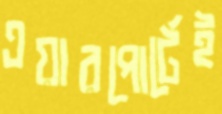
এয়ারপোর্টেই